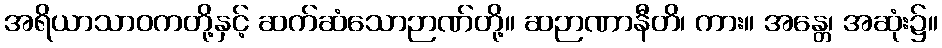
အရိယာသာဝကတို့နှင့် ဆက်ဆံသောဉာဏ်တို့။ ဆဉာဏာနီတိ၊ ကား။ အန္တေ၊ အဆုံး၌။